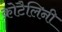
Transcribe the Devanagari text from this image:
क्रोटैलिनी